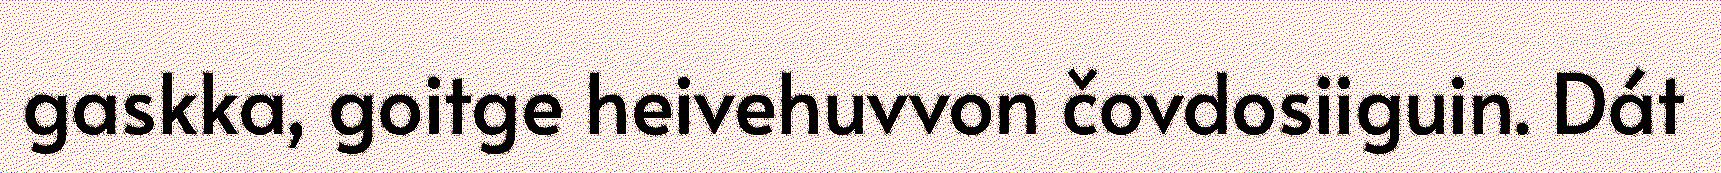
gaskka, goitge heivehuvvon čovdosiiguin. Dát